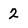
Character: 2